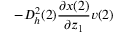
- D _ { h } ^ { 2 } ( 2 ) \frac { \partial x ( 2 ) } { \partial z _ { 1 } } v ( 2 )